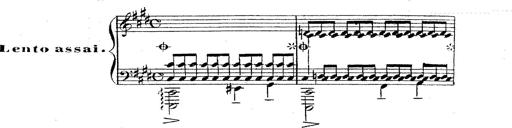
Title: 12 Lieder von Franz Schubert
Composer: Franz Liszt